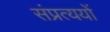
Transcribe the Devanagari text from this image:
संप्रत्ययों